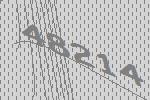
48214